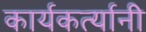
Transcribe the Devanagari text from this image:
कार्यकर्त्‍यानी